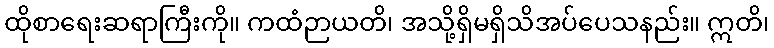
ထိုစာရေးဆရာကြီးကို။ ကထံဉာယတိ၊ အသို့ရှိမရှိသိအပ်ပေသနည်း။ ဣတိ၊